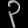
Digit: ၃